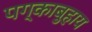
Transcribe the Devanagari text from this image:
पग्काबुहाय